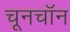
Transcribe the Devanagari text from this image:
चूनचॉन